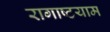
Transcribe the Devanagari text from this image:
रागाष्टयाम